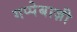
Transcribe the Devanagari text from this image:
गप्पेबाज़ी